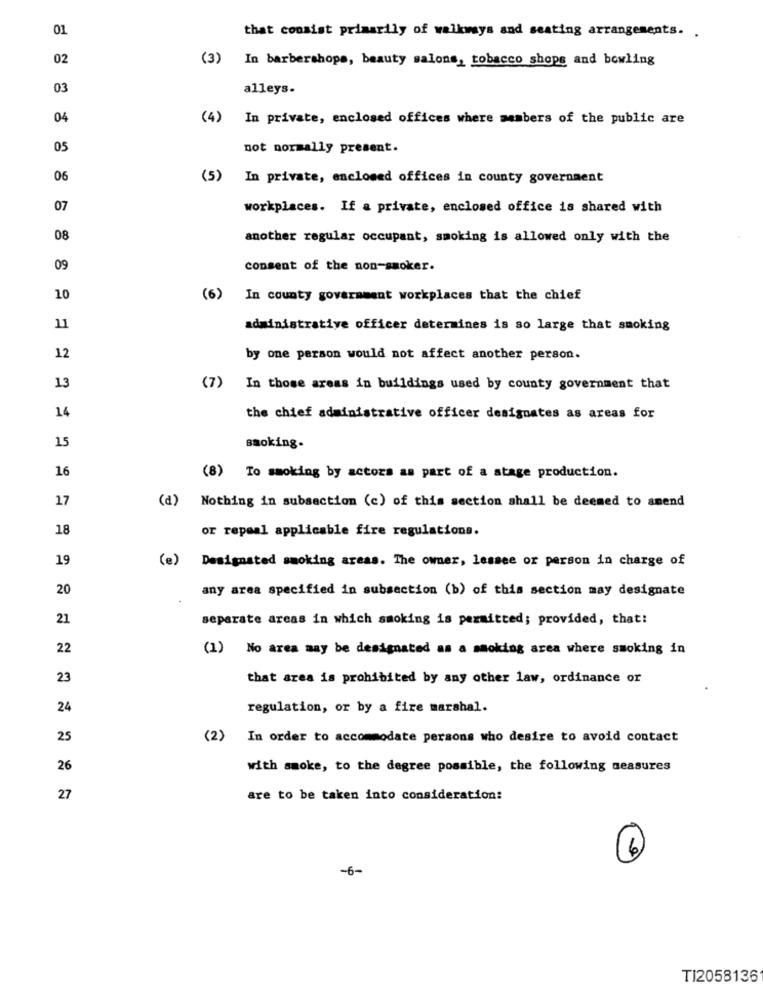
01
that consist primarily of walkways and seating arrangements. .
02
(3)
In barbershops, beauty salons, tobacco shops and bowling
03
alleys.
04
(4) In private, enclosed offices where members of the public are
05
not normally present.
06
(5) In private, enclosed offices in county government
07
workplaces. If a private, enclosed office is shared with
08
another regular occupant, smoking is allowed only with the
09
consent of the non-smoker.
10
(6)
In county government workplaces that the chief
11
administrative officer determines is so large that smoking
12
by one person would not affect another person.
13
(7)
In those areas in buildings used by county government that
14
the chief administrative officer designates as areas for
15
smoking.
16
(8) To smoking by actors as part of a stage production.
17
(d)
Nothing in subsection (c) of this section shall be deemed to anend
18
or repeal applicable fire regulations.
19
(e) Designated smoking areas. The owner, lessee or person in charge of
20
any area specified in subsection (b) of this section may designate
21
separate areas in which smoking is permitted; provided, that:
22
(1) No area may be designated as a smoking area where smoking in
23
that area is prohibited by any other law, ordinance or
24
regulation, or by a fire marshal.
25
(2) In order to accommodate persons who desire to avoid contact
26
with smoke, to the degree possible, the following measures
27
are to be taken into consideration:
(6)
-6-
TI2058136